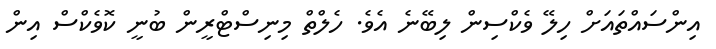
އިންސައްތައަށް ހިލޭ ވެކްސިން ލިބޭނެ އެވެ. ހެލްތް މިނިސްޓްރީން ބުނީ ކޮވެކްސް އިން